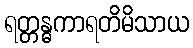
ရတ္တန္ဓကာရတိမိသာယ